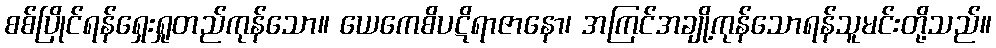
စစ်ပြိုင်ရန်ရှေးရှုတည်ကုန်သော။ ယေကေစိပဋိရာဇာနော၊ အကြင်အချို့ကုန်သောရန်သူမင်းတို့သည်။